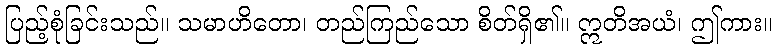
ပြည့်စုံခြင်းသည်။ သမာဟိတော၊ တည်ကြည်သော စိတ်ရှိ၏။ ဣတိအယံ၊ ဤကား။